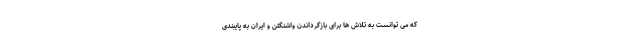
که می توانست به تلاش ها برای بازگرداندن واشنگتن و ایران به پایبندی